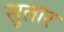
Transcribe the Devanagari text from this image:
सूतार